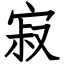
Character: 寂